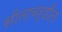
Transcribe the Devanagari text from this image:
सीताबर्डीत